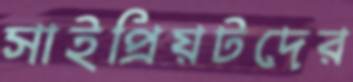
সাইপ্রিয়টদের